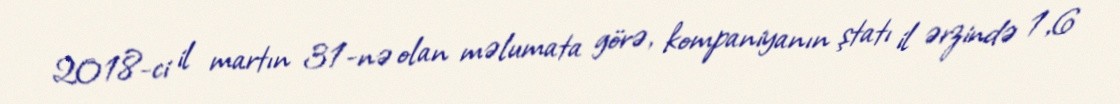
2018-ci il martın 31-nə olan məlumata görə, kompaniyanın ştatı il ərzində 1,6